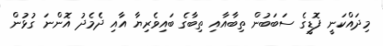
މިދައްކަނީ ފޮޑީގެ ސަބަބުން ތިބާއާއި ތިބާގެ ބައިވެރިޔާ އާއި ދެމެދު އޮންނަ ގުޅުން